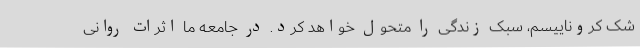
شک کروناییسم، سبک زندگی را متحول خواهد کرد. در جامعه ما اثرات روانی